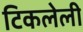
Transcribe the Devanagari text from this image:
टिकलेली